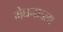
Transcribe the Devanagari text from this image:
मेघनादला